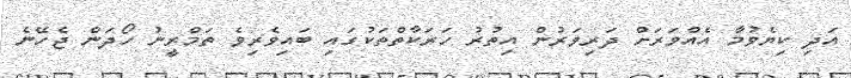
އަދި ކިޔެވުމާ އެއްވަރަށް ދަރިވަރުން އިތުރު ހަރަކާތްތަކުގައި ބައިވެރިވެ ތަމްރީނު ހޯދަން ޖެހޭނެ